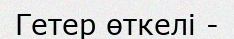
Гетер өткелі -